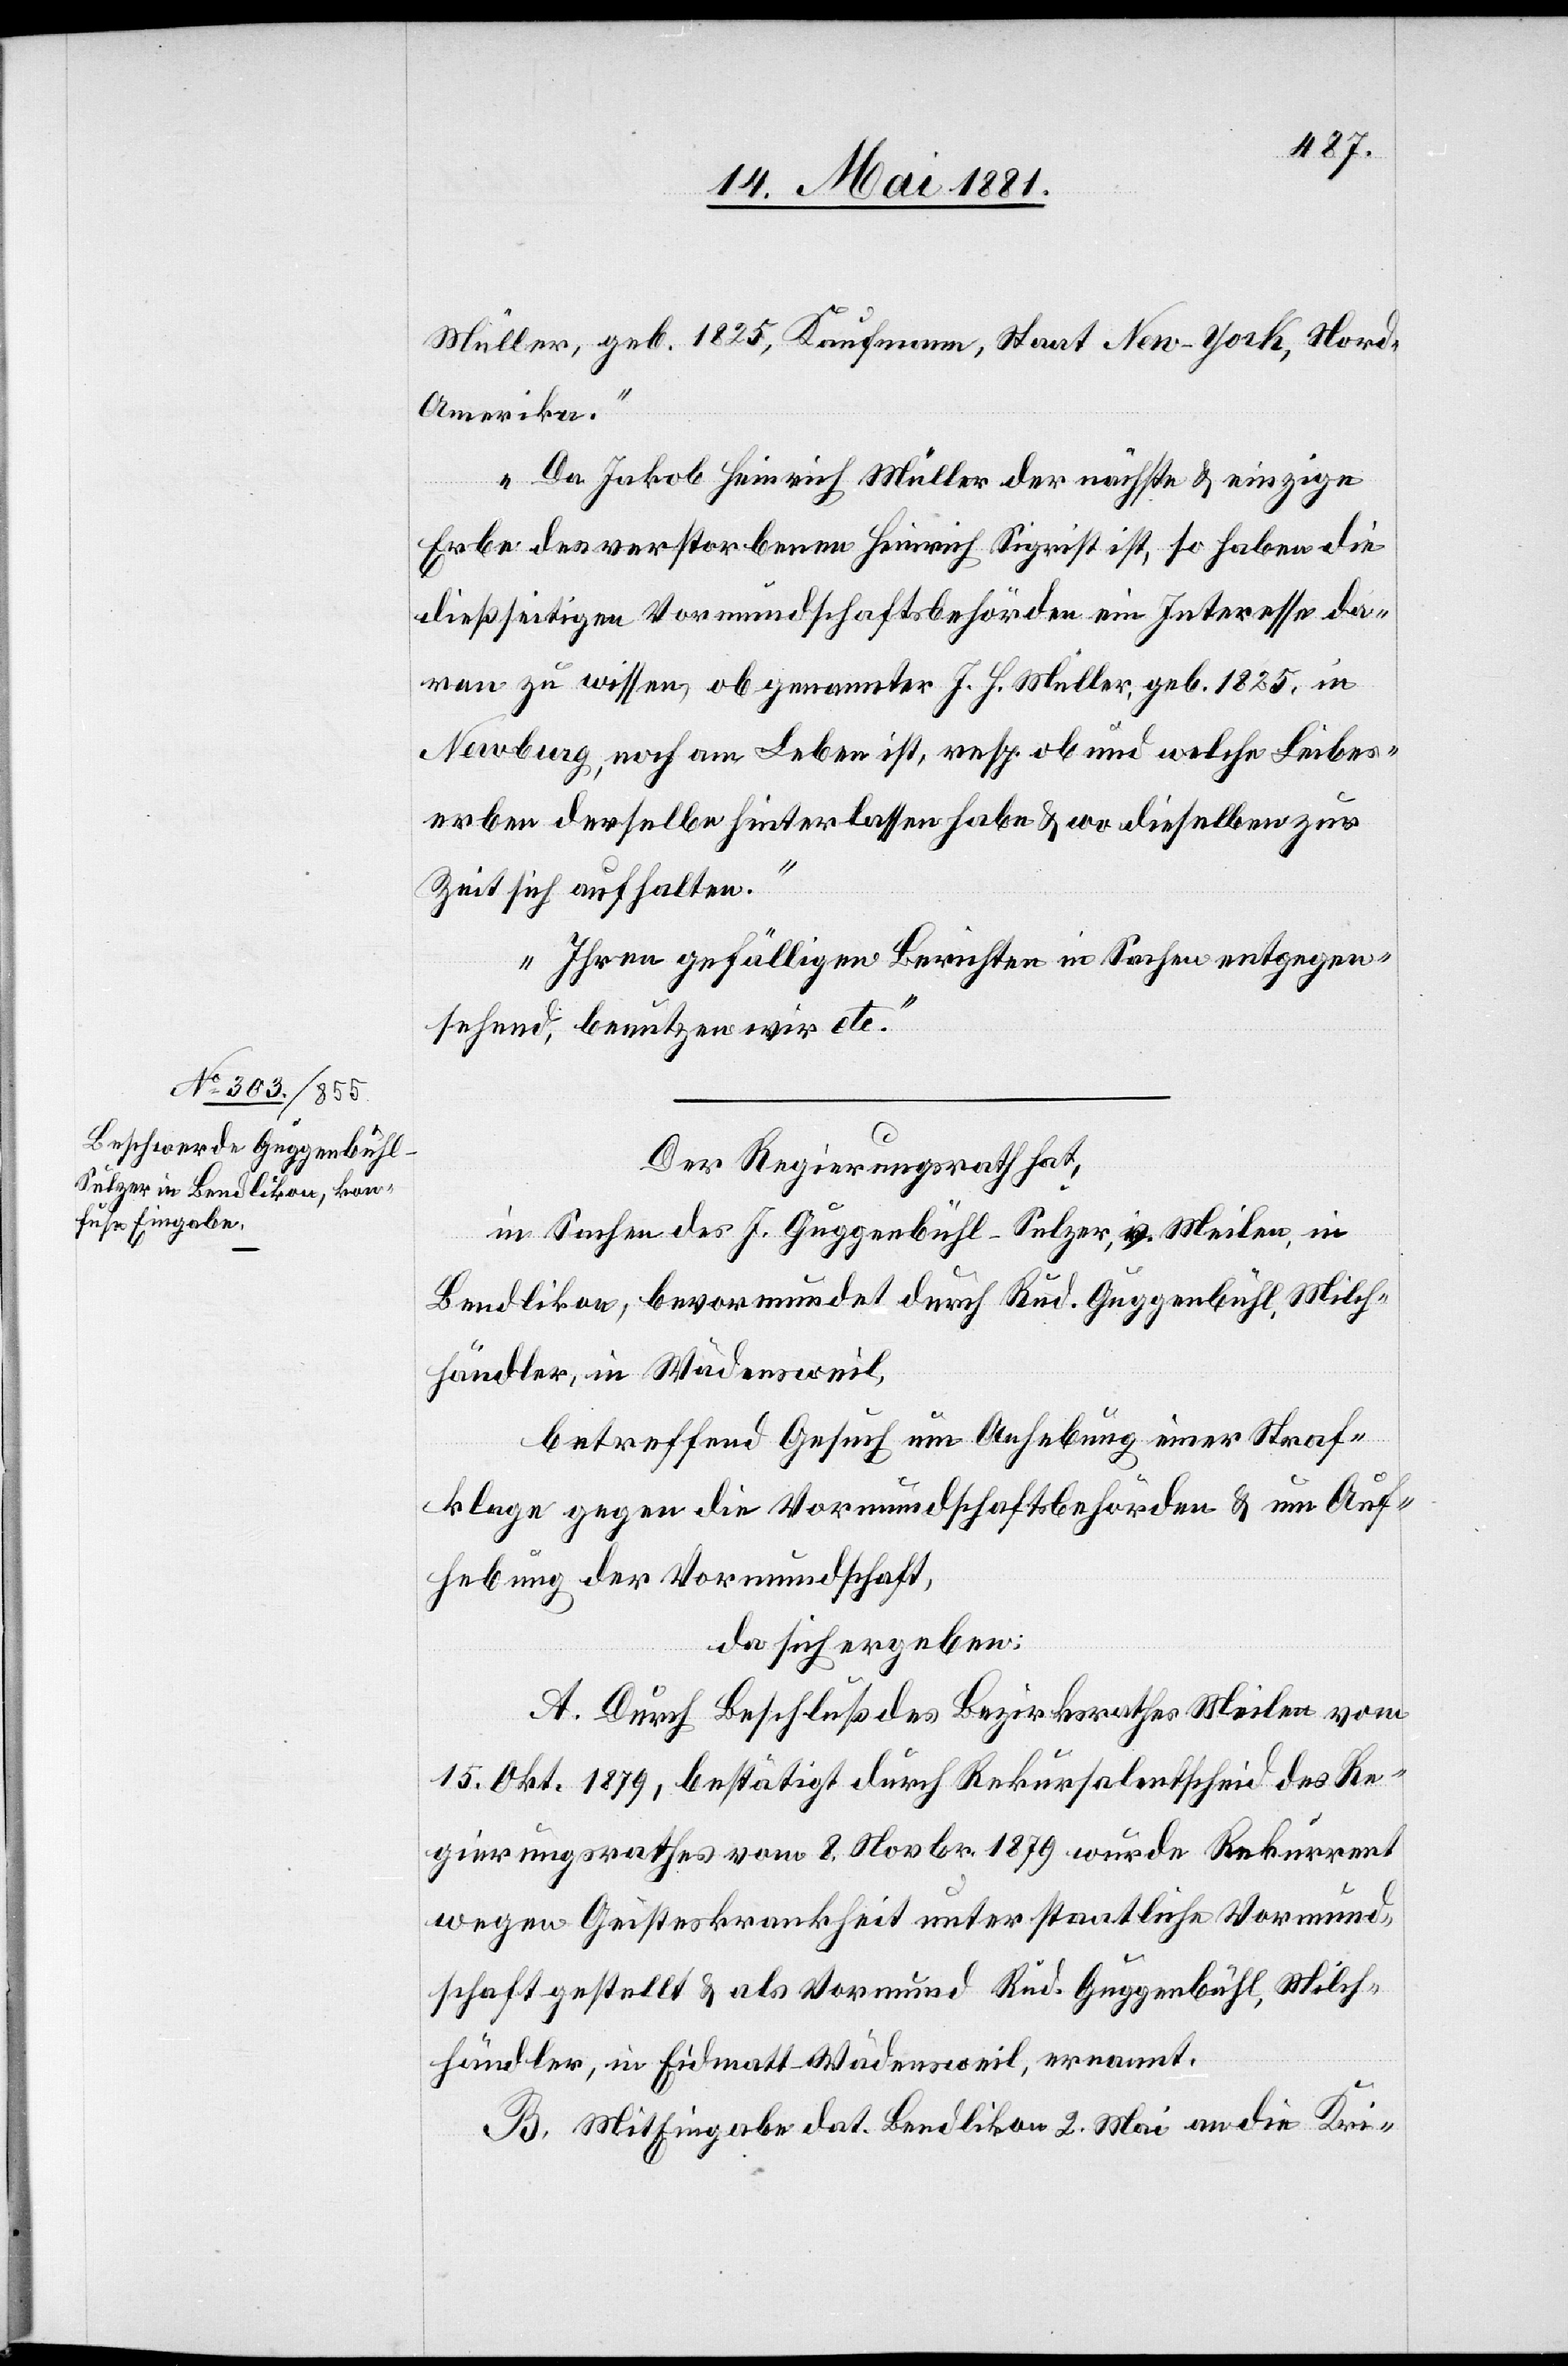
Müller, geb. 1825, Kaufmann, Staat New-York, Nor¬
d-Amerika.
Da Jakob Heinrich Müller der nächste & einzige
Erbe des verstorbenen Heinrich Sigrist ist, so haben die
dießseitigen Vormundschaftsbehörden ein Interesse da¬
ran zu wissen, ob genannter J. H. Müller, geb. 1825, in
Newburg, noch am Leben ist, resp. ob und welche Leibes¬
erben derselbe hinterlassen habe & wo dieselben zur
Zeit sich aufhalten.
Ihren gefälligen Berichten in Sachen entgegen¬
sehend, benutzen wird etc.“
Der Regierungsrath hat,
in Sachen des J. Guggenbühl-Sulzer, v. Meilen, in
Bendlikon, bevormundet durch Rud. Guggenbühl, Milch¬
händler, in Wädensweil,
betreffend Gesuch um Aufhebung einer Straf¬
klage gegen die Vormundschaftsbehörden & um Auf¬
hebung der Vormundschaft,
da sich ergeben:
A. Durch Beschluß des Bezirksrathes Meilen vom
15. Okt. 1879, bestätigt durch Rekursalentscheid des Re¬
gierungsrathes vom 8. Novbr. 1879 wurde Rekurrent
wegen Geisteskrankheit unter staatliche Vormund¬
schaft gestellt & als Vormund Rud. Guggenbühl, Milch¬
händler, in Eidmatt - Wädensweil, ernannt.
B. Mit Eingabe dat. Bendlikon 2. Mai an die Kri-